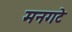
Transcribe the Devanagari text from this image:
मनगटे